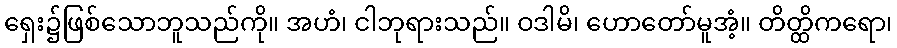
ရှေး၌ဖြစ်သောဘူသည်ကို။ အဟံ၊ ငါဘုရားသည်။ ဝဒါမိ၊ ဟောတော်မူအံ့။ တိတ္ထိကရော၊